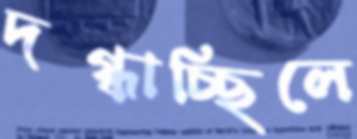
দগ্ধাচ্ছিলে